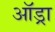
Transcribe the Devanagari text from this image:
ऑड्रा